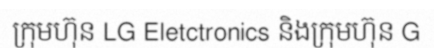
ក្រុមហ៊ុន LG Eletctronics និងក្រុមហ៊ុន G